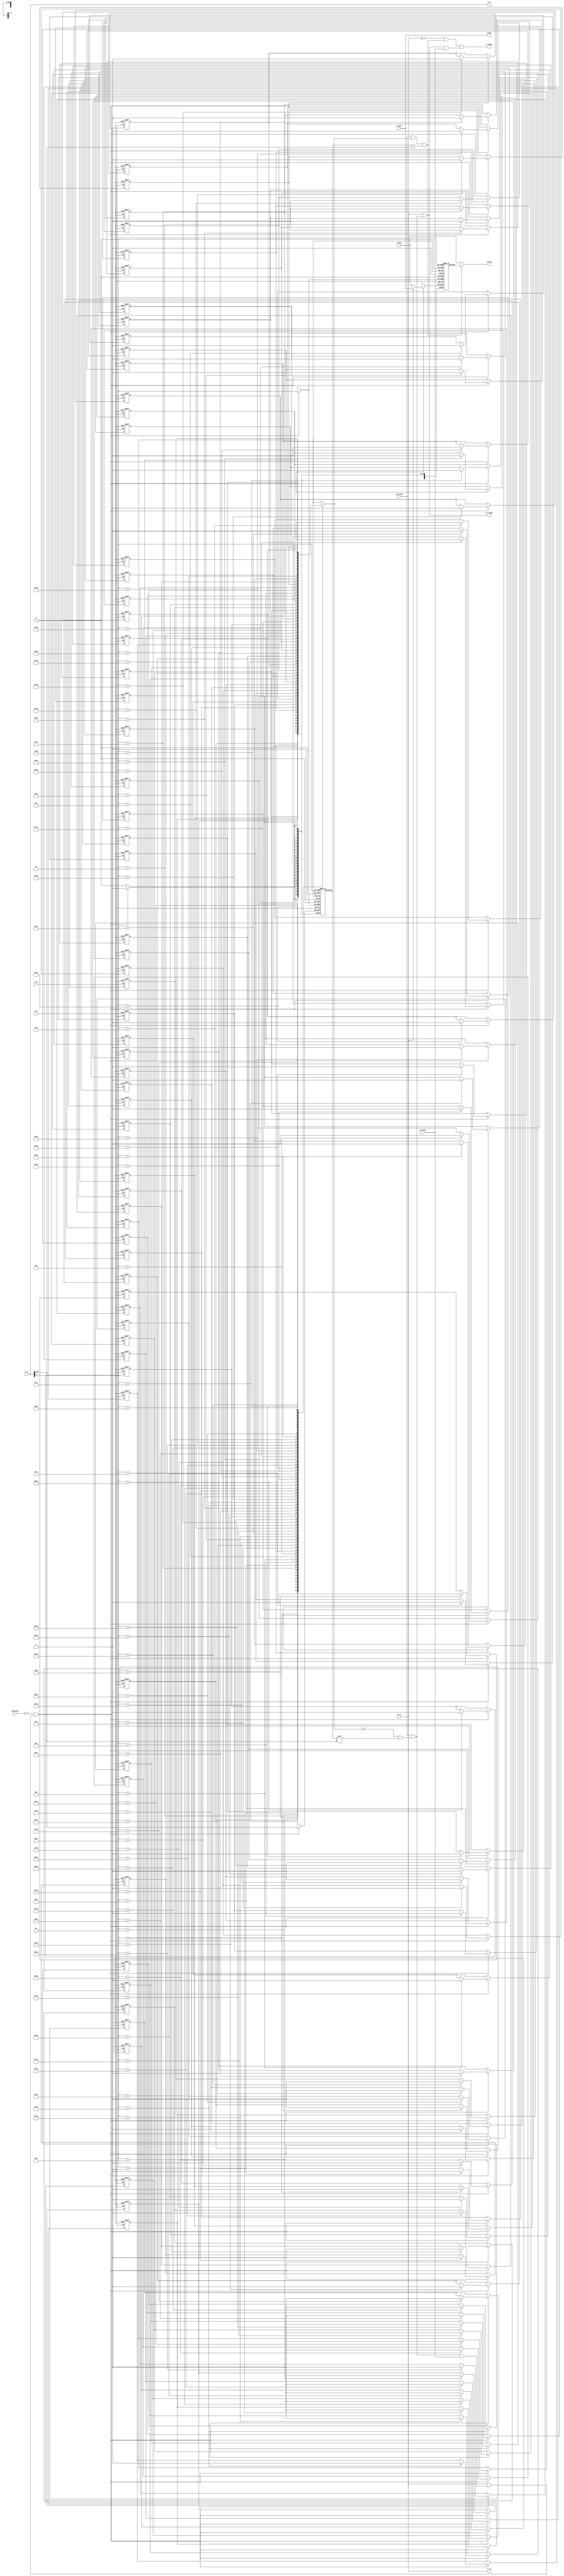
/************************************************
  The Verilog HDL code example is from the book
  Computer Principles and Design in Verilog HDL
  by Yamin Li, published by A JOHN WILEY & SONS
************************************************/
module d_cache (  // direct mapping, 2^6 blocks, 1 word/block, write-through
    input  [31:0] p_a,                             // cpu address
    input  [31:0] p_dout,                          // cpu data out  to mem
    output [31:0] p_din,                           // cpu data in from mem
    input         p_strobe,                        // cpu strobe
    input         p_rw,                            // cpu read/write command
    input         uncached,                        // uncached
    output        p_ready,                         // ready (to cpu)
    input         clk, clrn,                       // clock and reset
    output [31:0] m_a,                             // mem address
    input  [31:0] m_dout,                          // mem data out  to cpu
    output [31:0] m_din,                           // mem data in from cpu
    output        m_strobe,                        // mem strobe
    output        m_rw,                            // mem read/write
    input         m_ready                          // mem ready
                );
    reg           d_valid [0:63];                  // 1-bit valid
    reg    [23:0] d_tags  [0:63];                  // 24-bit tag
    reg    [31:0] d_data  [0:63];                  // 32-bit data
    wire   [23:0] tag = p_a[31:8];                 // address tag
    wire   [31:0] c_din;                           // data to cache
    wire    [5:0] index = p_a[7:2];                // block index
    wire          c_write;                         // cache write
    integer       i;
    always @ (posedge clk or negedge clrn)
        if (!clrn) begin
            for (i=0; i<64; i=i+1)
                d_valid[i] <= 0;                   // clear valid
        end else if (c_write)
            d_valid[index] <= 1;                   // write valid
    always @ (posedge clk)  
        if (c_write) begin
            d_tags[index] <= tag;                  // write address tag
            d_data[index] <= c_din;                // write data
        end
    wire          valid = d_valid[index];          // read cache valid
    wire   [23:0] tagout = d_tags[index];          // read cache tag
    wire   [31:0] c_dout = d_data[index];          // read cache data
    wire cache_hit  = p_strobe &   valid & (tagout == tag);    // cache hit
    wire cache_miss = p_strobe & (!valid | (tagout != tag));   // cache miss
    assign m_din    = p_dout;                      // mem <-- cpu data
    assign m_a      = p_a;                         // mem <-- cpu address
    assign m_rw     = p_rw;                        // write through
    assign m_strobe = p_rw | cache_miss;           // also read on miss
    assign p_ready  = ~p_rw & cache_hit |          // read and hit or
                      (cache_miss | p_rw) & m_ready;  // write and mem ready
    assign c_write  = ~uncached & (p_rw | cache_miss & m_ready);    // write
    assign c_din    = p_rw?      p_dout : m_dout;  // data from cpu or mem
    assign p_din    = cache_hit? c_dout : m_dout;  // data from cache or mem
endmodule